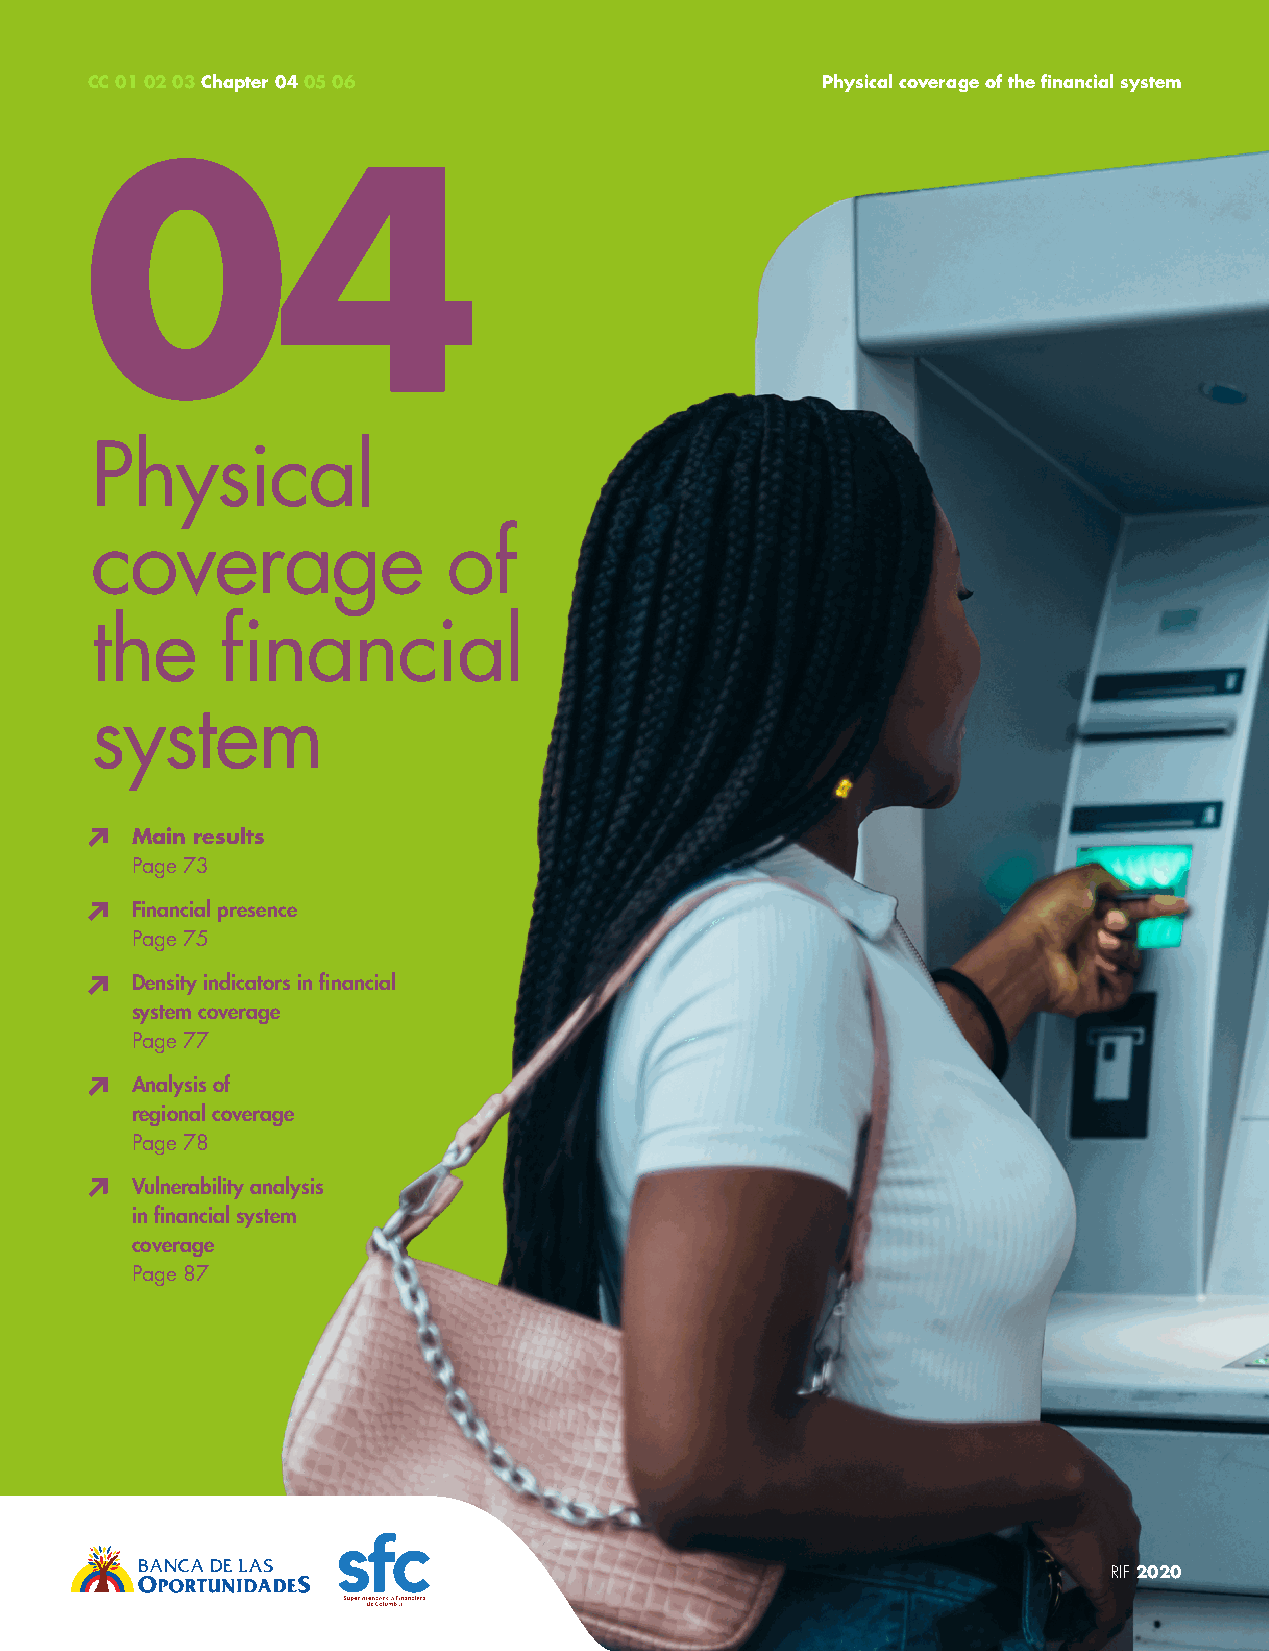
CC 01 02 03 Chapter 04 05 06                    Physical coverage of the financial system
 04
 Physical
 coverage                of
 the      financial
 system
 Main results
 Page 73
 Financial presence
 Page 75
 Density indicators in financial
 system coverage
 Page 77
 Analysis of
 regional coverage
 Page 78
 Vulnerability analysis
 in financial system
 coverage
 Page 87
 71                                                                  RIF 2020